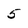
Character: 5